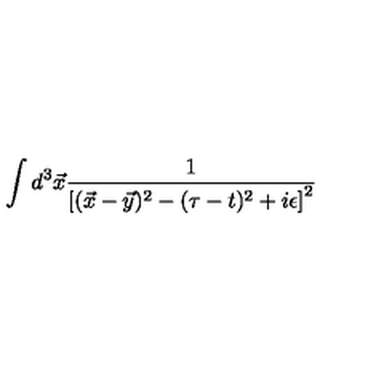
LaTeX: \int d ^ { 3 } \vec { x } { \frac { 1 } { \left[ ( \vec { x } - \vec { y } ) ^ { 2 } - ( \tau - t ) ^ { 2 } + i \epsilon \right] ^ { 2 } } }